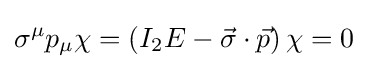
\sigma ^{\mu }p_{\mu }\chi =\left(I_{2}E-{\vec {\sigma }}\cdot {\vec {p}}\right)\chi =0